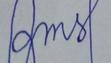
Signature authenticity: forged